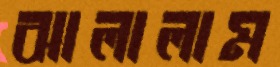
ঝালালাম